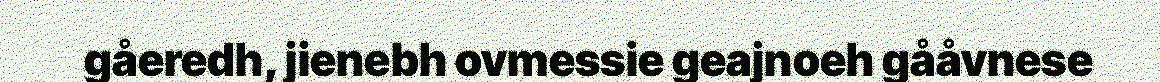
gåeredh, jienebh ovmessie geajnoeh gååvnese